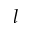
l